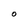
Character: O